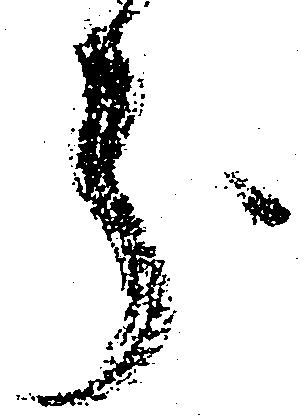
分